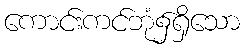
ကောင်းကင်ဘုံ၌ရှိသော